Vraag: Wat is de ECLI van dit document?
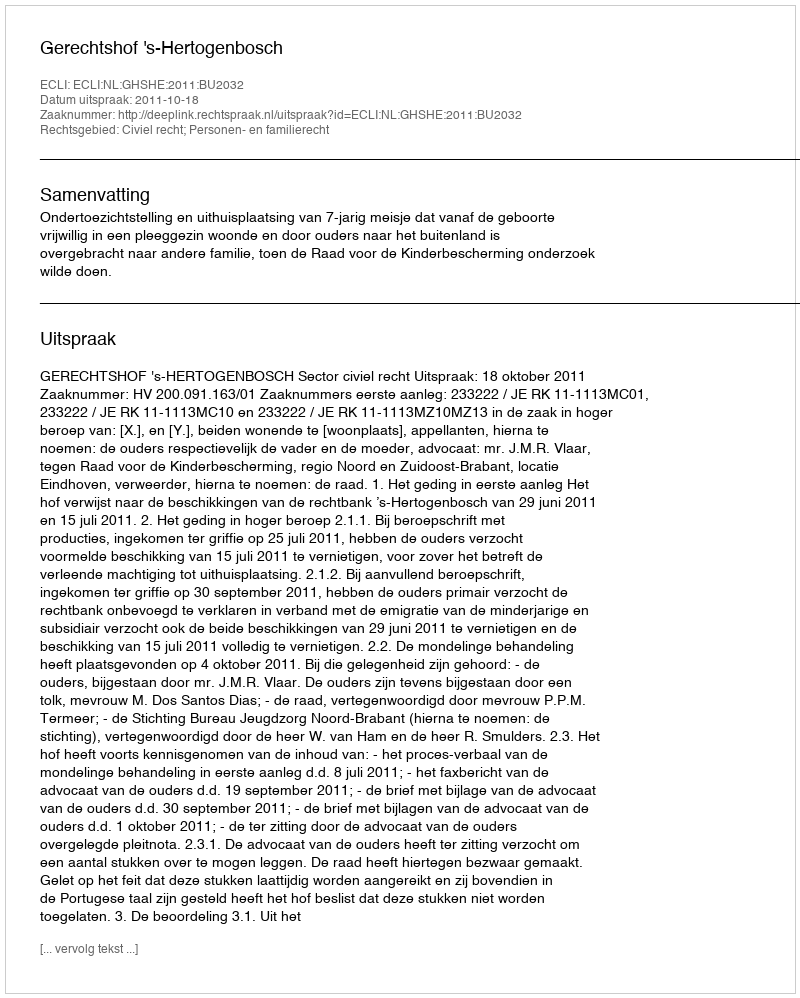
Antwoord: ECLI:NL:GHSHE:2011:BU2032